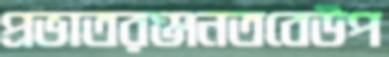
প্রভাতরঞ্জনতবেউপ